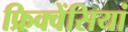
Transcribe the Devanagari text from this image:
फ्रिक्वेंसियां